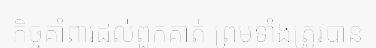
កិច្ចគាំពារដល់ពួកគាត់ ព្រមទាំងត្រូវបាន